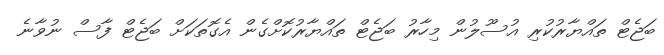
ބަޖެޓް ތައްޔާރުކުރި އުސޫލުން މިހާރު ބަޖެޓް ތައްޔާރުކޮށްގެން އެގޮތަކަށް ބަޖެޓް ފާސް ނުވާނެ